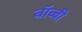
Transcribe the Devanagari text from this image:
बॉब्बी